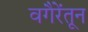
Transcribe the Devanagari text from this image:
वगैरेंतून